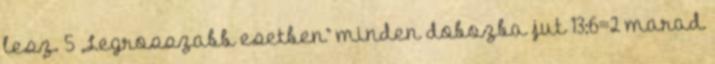
lesz. 5 „Legrosszabb esetben” minden dobozba jut 13:6=2 marad